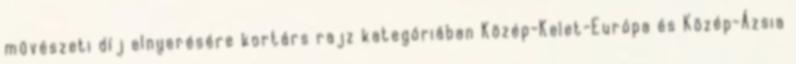
művészeti díj elnyerésére kortárs rajz kategóriában Közép-Kelet-Európa és Közép-Ázsia